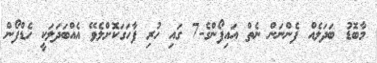
މާބޮޑު ބަދަލެއް ފެންނަން ނެތް އައިފޯންގެ-7 ގައި ހުރި ފާހަގަކޮށްލެވޭ އެއްބަދަލަކީ ހެޑްފޯން